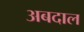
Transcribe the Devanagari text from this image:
अबदाल